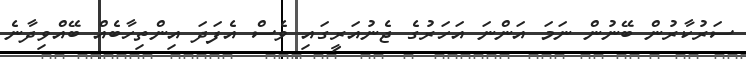
ސަރުކާރުން ބޭނުން ނަމަ އަންނަ އަހަރުގެ ޖެނުއަރީގައި ވެސް އެފަދަ އިންތިހާބެއް ބޭއްވިދާނެ